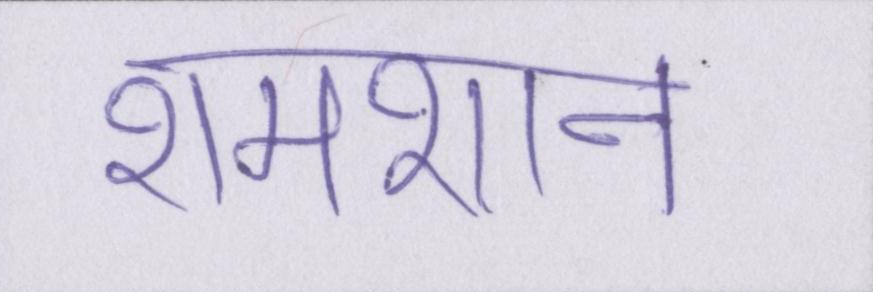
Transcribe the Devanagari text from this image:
शमशान